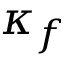
\kappa _ { f }